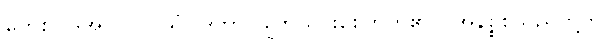
ကေစိဝါဒအလို)။ ဝိသံဝါဒိကာ၊ ချွတ်ယွင်းစေတတ်၏။ (အနိစ္စစသည်တို့ကို